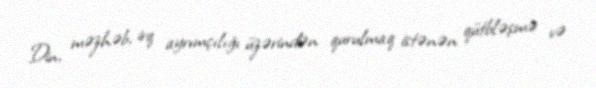
Din, məzhəb, irq ayrımçılığı üzərindən qurulmaq istənən qütbləşmə və